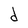
Character: d